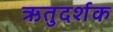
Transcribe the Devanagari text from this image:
ऋतुदर्शक